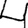
Digit: 4